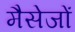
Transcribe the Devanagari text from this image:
मैसेजों